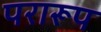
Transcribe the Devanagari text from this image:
परारूप